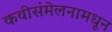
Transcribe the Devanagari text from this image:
कवीसंमेलनामधून